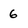
Character: 6